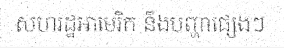
សហរដ្ឋអាមេរិក នឹងបញ្ហាផ្សេងៗ